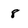
Character: 8